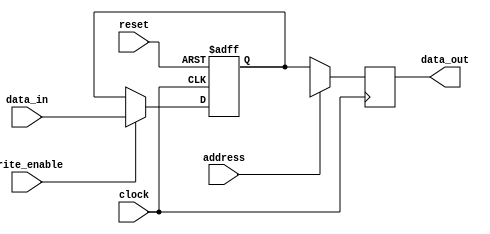
module Guia_1201 (
  input wire clock,           // Clock de entrada
  input wire reset,           // Sinal de reset
  input wire write_enable,    // Habilita a escrita
  input wire [0:0] address,   // Endereo de 1 bit
  input wire [3:0] data_in,   // Dados de entrada de 4 bits
  output wire [3:0] data_out  // Dados de sada de 4 bits
);

  reg [3:0] memory [0:0];     // Array de registros de 4 bits
  reg [3:0] output_data;      // Dados de sada temporrios

  always @(posedge clock or posedge reset) begin
    if (reset) begin
      // Em caso de reset, redefina os dados da memria
      memory[0] <= 4'b0000;
    end else if (write_enable) begin
      // Se a escrita estiver habilitada na borda de subida do clock
      // e o endereo estiver selecionado, escreva os dados
      memory[0] <= data_in;
    end
  end

  always @(negedge clock) begin
    // Na borda de descida do clock, leia os dados do endereo especificado
    output_data <= memory[address];
  end

  //printando na tela
  initial begin
    $display("Guia_1201");
    $display("clock reset write_enable address data_in data_out");
    $monitor("%b %b %b %b %b %b", clock, reset, write_enable, address, data_in, data_out);
  end
  assign data_out = output_data; // Sada dos dados

endmodule